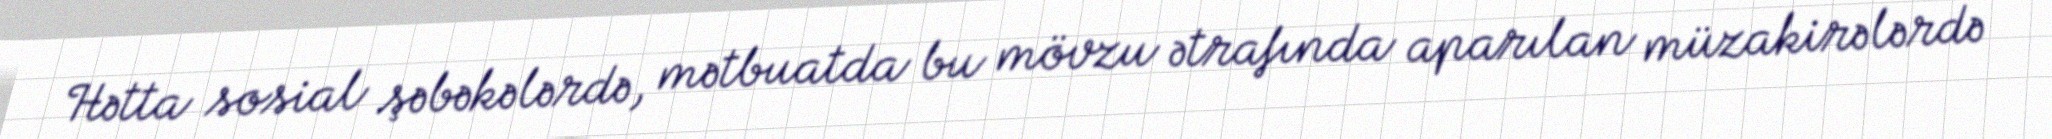
Hətta sosial şəbəkələrdə, mətbuatda bu mövzu ətrafında aparılan müzakirələrdə